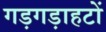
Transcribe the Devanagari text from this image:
गड़गड़ाहटों